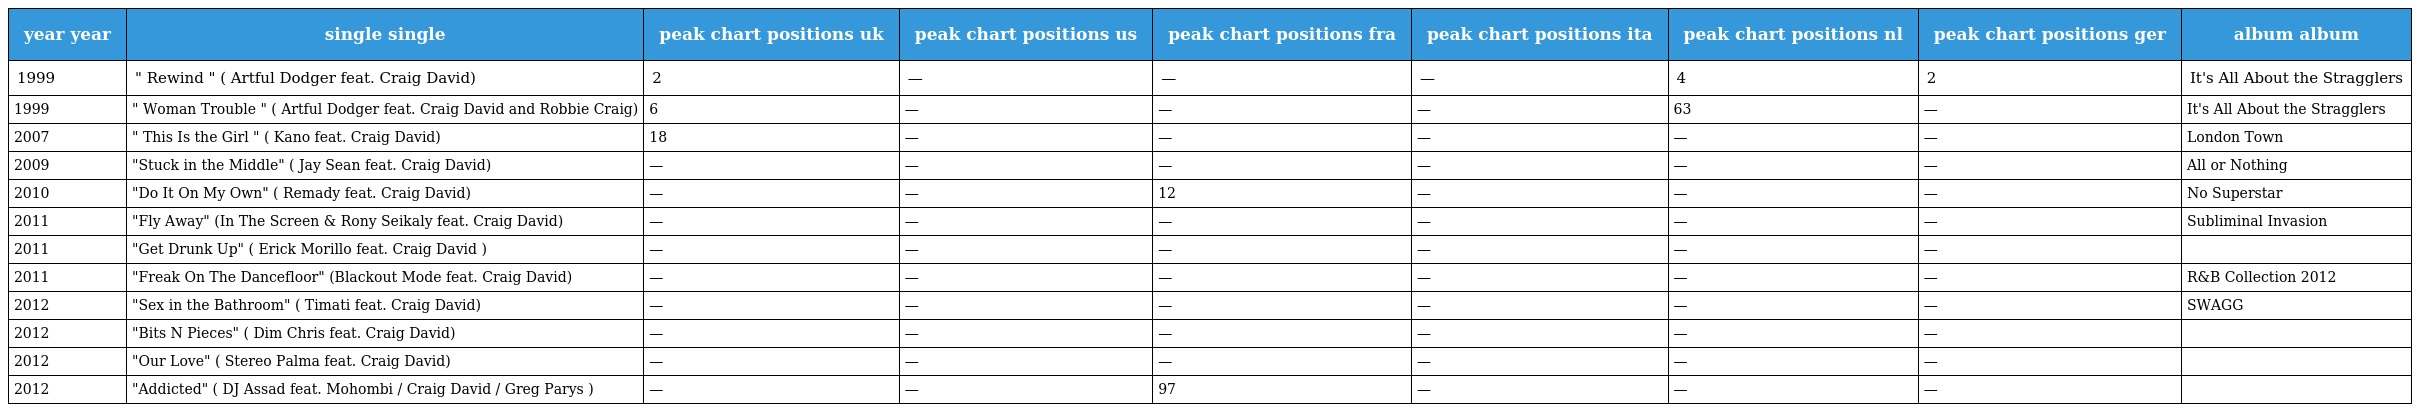
| year year | single single | peak chart positions uk | peak chart positions us | peak chart positions fra | peak chart positions ita | peak chart positions nl | peak chart positions ger | album album |
 | --- | --- | --- | --- | --- | --- | --- | --- | --- |
 | 1999 | " Rewind " ( Artful Dodger feat. Craig David) | 2 | — | — | — | 4 | 2 | It's All About the Stragglers |
 | 1999 | " Woman Trouble " ( Artful Dodger feat. Craig David and Robbie Craig) | 6 | — | — | — | 63 | — | It's All About the Stragglers |
 | 2007 | " This Is the Girl " ( Kano feat. Craig David) | 18 | — | — | — | — | — | London Town |
 | 2009 | "Stuck in the Middle" ( Jay Sean feat. Craig David) | — | — | — | — | — | — | All or Nothing |
 | 2010 | "Do It On My Own" ( Remady feat. Craig David) | — | — | 12 | — | — | — | No Superstar |
 | 2011 | "Fly Away" (In The Screen & Rony Seikaly feat. Craig David) | — | — | — | — | — | — | Subliminal Invasion |
 | 2011 | "Get Drunk Up" ( Erick Morillo feat. Craig David ) | — | — | — | — | — | — |  |
 | 2011 | "Freak On The Dancefloor" (Blackout Mode feat. Craig David) | — | — | — | — | — | — | R&B Collection 2012 |
 | 2012 | "Sex in the Bathroom" ( Timati feat. Craig David) | — | — | — | — | — | — | SWAGG |
 | 2012 | "Bits N Pieces" ( Dim Chris feat. Craig David) | — | — | — | — | — | — |  |
 | 2012 | "Our Love" ( Stereo Palma feat. Craig David) | — | — | — | — | — | — |  |
 | 2012 | "Addicted" ( DJ Assad feat. Mohombi / Craig David / Greg Parys ) | — | — | 97 | — | — | — |  |